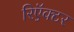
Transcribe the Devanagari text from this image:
रिऍक्टर